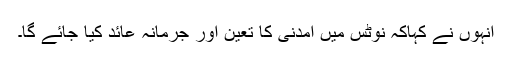
انہوں نے کہاکہ نوٹس میں آمدنی کا تعین اور جرمانہ عائد کیا جائے گا۔